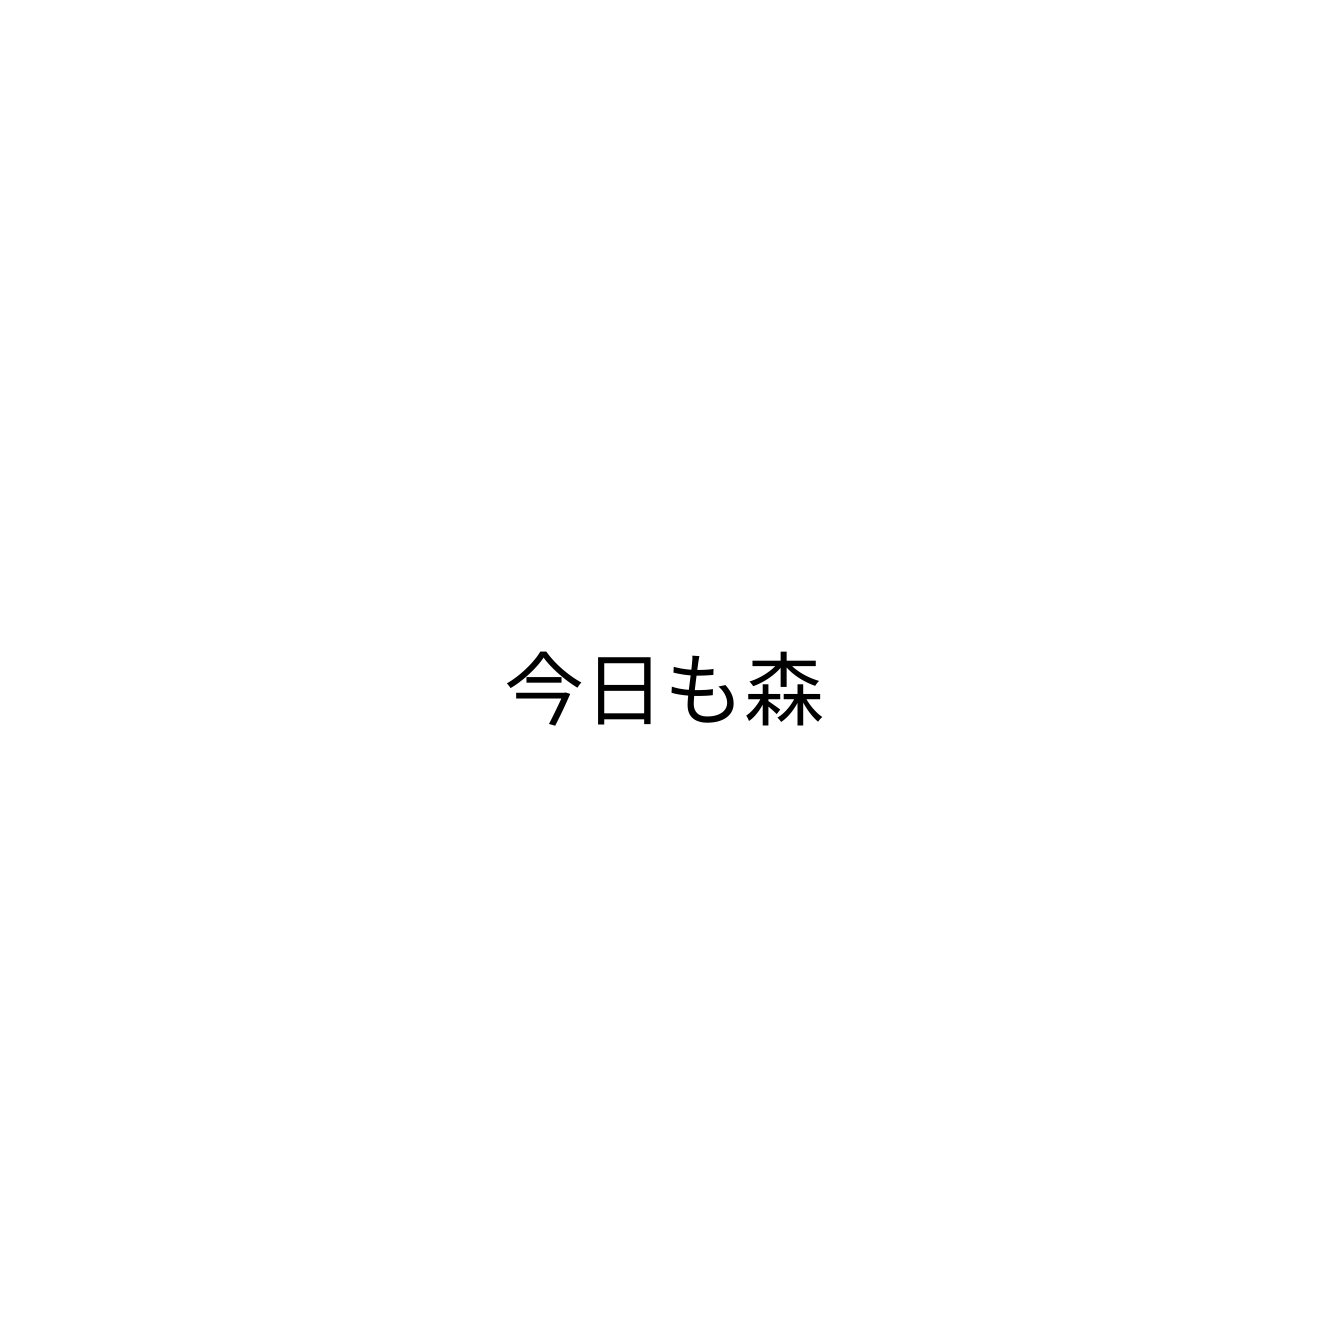
今日も森